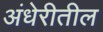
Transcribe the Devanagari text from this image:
अंधेरीतील